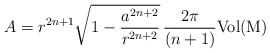
\begin{align*}A=r^{2n+1}\sqrt{1-\frac{a^{2n+2}}{r^{2n+2}}}\,\frac{2\pi}{(n+1)}{\mathrm{Vol{(M)}}}\end{align*}